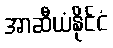
အာဆီယံနိုင်ငံ